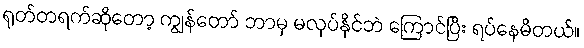
ရုတ်တရက်ဆိုတော့ ကျွန်တော် ဘာမှ မလုပ်နိုင်ဘဲ ကြောင်ပြီး ရပ်နေမိတယ်။